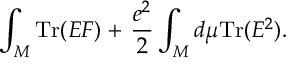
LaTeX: \int _ { \cal M } \mathrm { T r } ( E F ) + \, { \frac { e ^ { 2 } } { 2 } } \int _ { \cal M } d \mu \mathrm { T r } ( E ^ { 2 } ) .